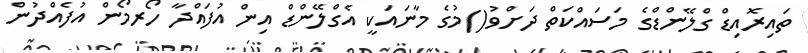
ތައިރޮއިޑް ގްލޭންޑްގެ މަސައްކަތް ދަށްވު()މުގެ މާނައަކީ އެގްލޭންޑް އިން އުފައްދާ ހޯރމޯން އުފެއްދުން